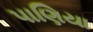
પાણિયા